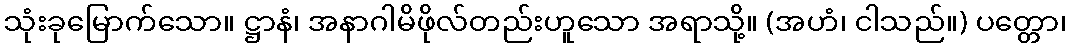
သုံးခုမြောက်သော။ ဋ္ဌာနံ၊ အနာဂါမိဖိုလ်တည်းဟူသော အရာသို့။ (အဟံ၊ ငါသည်။) ပတ္တော၊